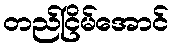
တည်ငြိမ်အောင်